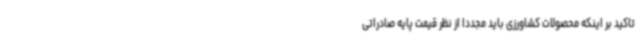
تاکید بر اینکه محصولات کشاورزی باید مجددا از نظر قیمت پایه صادراتی